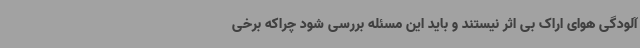
آلودگی هوای اراک بی اثر نیستند و باید این مسئله بررسی شود چراکه برخی